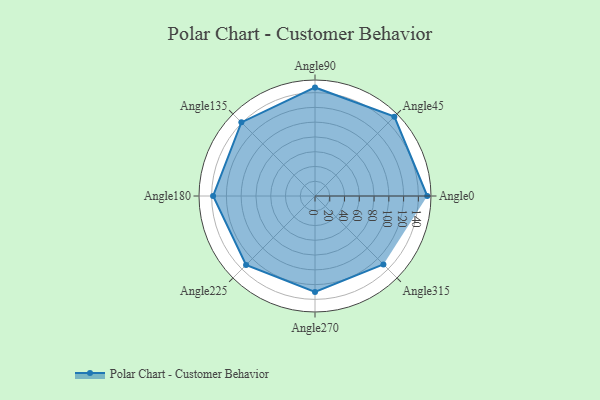
{"axis": {"x": "Angle", "y": "Radius"}, "legend": [""], "data": [{"x": "Angle0", "y": 152.0, "type": ""}, {"x": "Angle45", "y": 152.0, "type": ""}, {"x": "Angle90", "y": 147.0, "type": ""}, {"x": "Angle135", "y": 141.0, "type": ""}, {"x": "Angle180", "y": 138.0, "type": ""}, {"x": "Angle225", "y": 132.0, "type": ""}, {"x": "Angle270", "y": 130.0, "type": ""}, {"x": "Angle315", "y": 131.0, "type": ""}]}